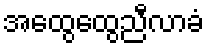
အထွေထွေညီလာခံ